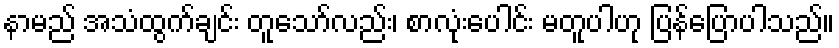
နာမည် အသံထွက်ချင်း တူသော်လည်း၊ စာလုံးပေါင်း မတူပါဟု ပြန်ပြောပါသည်။